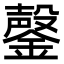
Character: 鏧